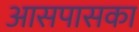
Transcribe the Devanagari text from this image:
आसपासका